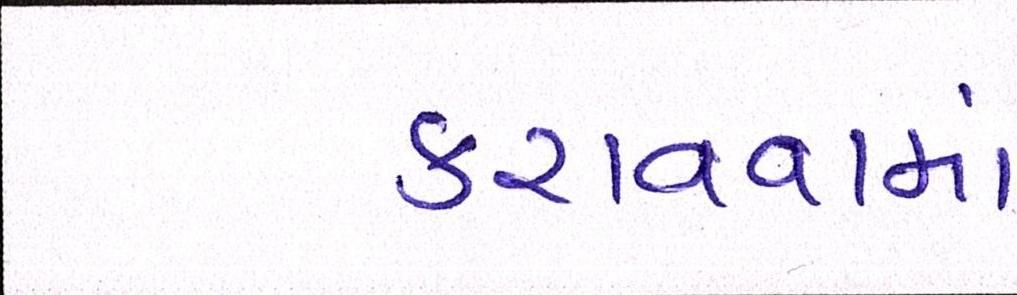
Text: કરાવવામાં